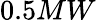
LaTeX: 0.5MW